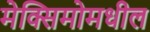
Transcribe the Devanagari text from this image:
मेक्सिमोमधील